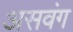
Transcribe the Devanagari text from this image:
असवंग